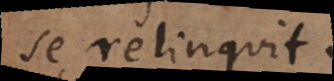
se relinquit.